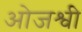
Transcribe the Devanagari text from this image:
ओजश्वी